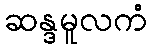
ဆန္ဒမူလကံ